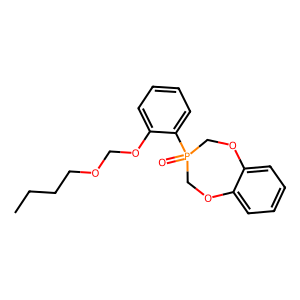
SMILES: CCCCOCOc1ccccc1P1(=O)COc2ccccc2OC1
Inhibits HIV replication: No